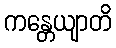
ကန္တေယျာတိ